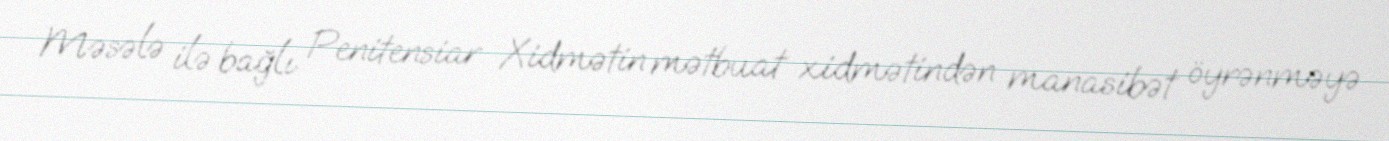
Məsələ ilə bağlı Penitensiar Xidmətin mətbuat xidmətindən manasibət öyrənməyə